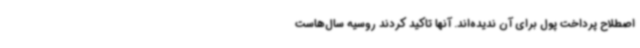
اصطلاح پرداخت پول برای آن ندیده‌اند. آنها تاکید کردند روسیه سال‌هاست